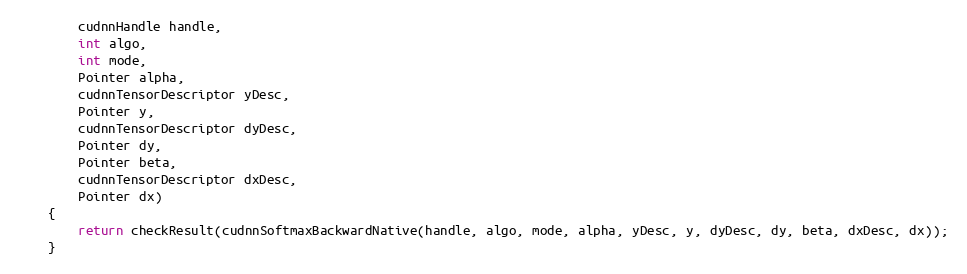
Language: Java
        cudnnHandle handle,
        int algo,
        int mode,
        Pointer alpha,
        cudnnTensorDescriptor yDesc,
        Pointer y,
        cudnnTensorDescriptor dyDesc,
        Pointer dy,
        Pointer beta,
        cudnnTensorDescriptor dxDesc,
        Pointer dx)
    {
        return checkResult(cudnnSoftmaxBackwardNative(handle, algo, mode, alpha, yDesc, y, dyDesc, dy, beta, dxDesc, dx));
    }